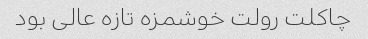
چاکلت رولت خوشمزه تازه عالی بود